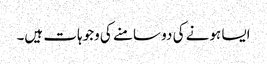
ایسا ہونے کی دو سامنے کی وجوہات ہیں۔